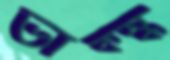
ভাক্স্ক